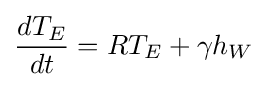
{\frac {dT_{E}}{dt}}=RT_{E}+\gamma h_{W}